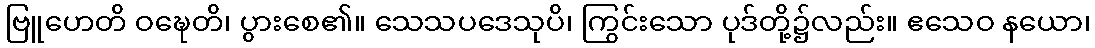
ဗြူဟေတိ ဝဍ္ဎေတိ၊ ပွားစေ၏။ သေသပဒေသုပိ၊ ကြွင်းသော ပုဒ်တို့၌လည်း။ ဧသေဝ နယော၊